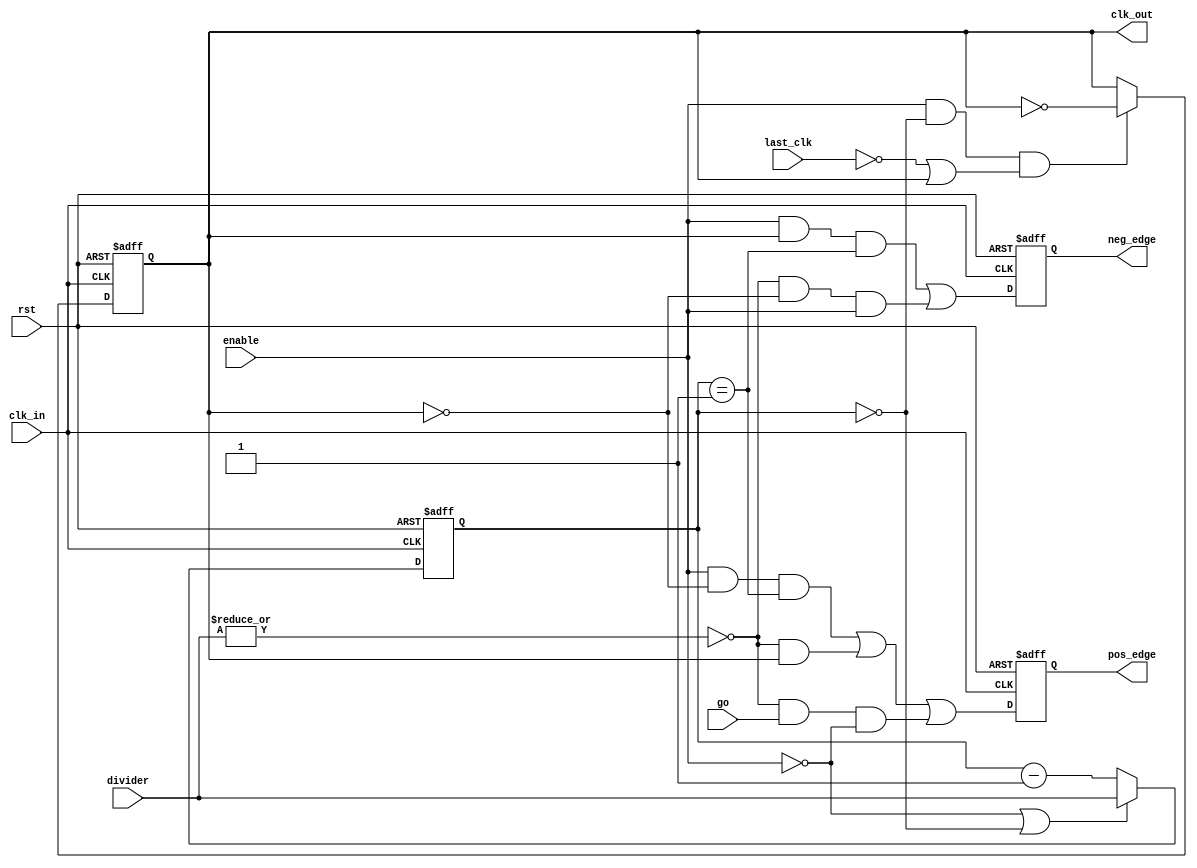
//////////////////////////////////////////////////////////////////////
////                                                              ////
////  spi_clgen.v                                                 ////
////                                                              ////
////  This file is part of the SPI IP core project                ////
////  http://www.opencores.org/projects/spi/                      ////
////                                                              ////
////  Author(s):                                                  ////
////      - Simon Srot (simons@opencores.org)                     ////
////                                                              ////
////  All additional information is avaliable in the Readme.txt   ////
////  file.                                                       ////
////                                                              ////
//////////////////////////////////////////////////////////////////////
////                                                              ////
//// Copyright (C) 2002 Authors                                   ////
////                                                              ////
//// This source file may be used and distributed without         ////
//// restriction provided that this copyright statement is not    ////
//// removed from the file and that any derivative work contains  ////
//// the original copyright notice and the associated disclaimer. ////
////                                                              ////
//// This source file is free software; you can redistribute it   ////
//// and/or modify it under the terms of the GNU Lesser General   ////
//// Public License as published by the Free Software Foundation; ////
//// either version 2.1 of the License, or (at your option) any   ////
//// later version.                                               ////
////                                                              ////
//// This source is distributed in the hope that it will be       ////
//// useful, but WITHOUT ANY WARRANTY; without even the implied   ////
//// warranty of MERCHANTABILITY or FITNESS FOR A PARTICULAR      ////
//// PURPOSE.  See the GNU Lesser General Public License for more ////
//// details.                                                     ////
////                                                              ////
//// You should have received a copy of the GNU Lesser General    ////
//// Public License along with this source; if not, download it   ////
//// from http://www.opencores.org/lgpl.shtml                     ////
////                                                              ////
//////////////////////////////////////////////////////////////////////
`timescale 1ns / 10ps

//
// Number of bits used for devider register. If used in system with
// low frequency of system clock this can be reduced.
// Use SPI_DIVIDER_LEN for fine tuning theexact number.
//
//`define SPI_DIVIDER_LEN_8
`define SPI_DIVIDER_LEN_16
//`define SPI_DIVIDER_LEN_24
//`define SPI_DIVIDER_LEN_32

`ifdef SPI_DIVIDER_LEN_8
  `define SPI_DIVIDER_LEN       8    // Can be set from 1 to 8
`endif                                                          
`ifdef SPI_DIVIDER_LEN_16                                       
  `define SPI_DIVIDER_LEN       16   // Can be set from 9 to 16
`endif                                                          
`ifdef SPI_DIVIDER_LEN_24                                       
  `define SPI_DIVIDER_LEN       24   // Can be set from 17 to 24
`endif                                                          
`ifdef SPI_DIVIDER_LEN_32                                       
  `define SPI_DIVIDER_LEN       32   // Can be set from 25 to 32 
`endif

//
// Maximum nuber of bits that can be send/received at once. 
// Use SPI_MAX_CHAR for fine tuning the exact number, when using
// SPI_MAX_CHAR_32, SPI_MAX_CHAR_24, SPI_MAX_CHAR_16, SPI_MAX_CHAR_8.
//
//`define SPI_MAX_CHAR_128
//`define SPI_MAX_CHAR_64
//`define SPI_MAX_CHAR_32
//`define SPI_MAX_CHAR_24
`define SPI_MAX_CHAR_16
//`define SPI_MAX_CHAR_8

`ifdef SPI_MAX_CHAR_128
  `define SPI_MAX_CHAR          128  // Can only be set to 128 
  `define SPI_CHAR_LEN_BITS     7
`endif
`ifdef SPI_MAX_CHAR_64
  `define SPI_MAX_CHAR          64   // Can only be set to 64 
  `define SPI_CHAR_LEN_BITS     6
`endif
`ifdef SPI_MAX_CHAR_32
  `define SPI_MAX_CHAR          32   // Can be set from 25 to 32 
  `define SPI_CHAR_LEN_BITS     5
`endif
`ifdef SPI_MAX_CHAR_24
  `define SPI_MAX_CHAR          24   // Can be set from 17 to 24 
  `define SPI_CHAR_LEN_BITS     5
`endif
`ifdef SPI_MAX_CHAR_16
  `define SPI_MAX_CHAR          16   // Can be set from 9 to 16 -----MODIFICADO------- 
  `define SPI_CHAR_LEN_BITS     4   //  --------MODIFICADO--------
`endif
`ifdef SPI_MAX_CHAR_8
  `define SPI_MAX_CHAR          8    // Can be set from 1 to 8 
  `define SPI_CHAR_LEN_BITS     3

`endif

//
// Number of device select signals. Use SPI_SS_NB for fine tuning the 
// exact number.
//
`define SPI_SS_NB_8
//`define SPI_SS_NB_16
//`define SPI_SS_NB_24
//`define SPI_SS_NB_32

`ifdef SPI_SS_NB_8
  `define SPI_SS_NB             4    // Can be set from 1 to 8 ----------MODIFICADO---------
`endif
`ifdef SPI_SS_NB_16
  `define SPI_SS_NB             16   // Can be set from 9 to 16
`endif
`ifdef SPI_SS_NB_24
  `define SPI_SS_NB             24   // Can be set from 17 to 24
`endif
`ifdef SPI_SS_NB_32
  `define SPI_SS_NB             32   // Can be set from 25 to 32
`endif

//
// Bits of WISHBONE address used for partial decoding of SPI registers.
//
`define SPI_OFS_BITS	          4:2

//
// Register offset
//
`define SPI_RX_0                0
`define SPI_RX_1                1
`define SPI_RX_2                2
`define SPI_RX_3                3
`define SPI_TX_0                0
`define SPI_TX_1                1
`define SPI_TX_2                2
`define SPI_TX_3                3
`define SPI_CTRL                4
`define SPI_DEVIDE              5
`define SPI_SS                  6

//
// Number of bits in ctrl register
//
`define SPI_CTRL_BIT_NB         14

//
// Control register bit position
//
`define SPI_CTRL_ASS            13
`define SPI_CTRL_IE             12
`define SPI_CTRL_LSB            11
`define SPI_CTRL_TX_NEGEDGE     10
`define SPI_CTRL_RX_NEGEDGE     9
`define SPI_CTRL_GO             8
`define SPI_CTRL_RES_1          7
`define SPI_CTRL_CHAR_LEN       6:0

module spi_clgen (clk_in, rst, go, enable, last_clk, divider, clk_out, pos_edge, neg_edge); 

  parameter Tp = 1;
  
  input                            clk_in;   // input clock (system clock)
  input                            rst;      // reset
  input                            enable;   // clock enable
  input                            go;       // start transfer
  input                            last_clk; // last clock
  input     [`SPI_DIVIDER_LEN-1:0] divider;  // clock divider (output clock is divided by this value)
  output                           clk_out;  // output clock
  output                           pos_edge; // pulse marking positive edge of clk_out
  output                           neg_edge; // pulse marking negative edge of clk_out
                            
  reg                              clk_out;
  reg                              pos_edge;
  reg                              neg_edge;
                            
  reg       [`SPI_DIVIDER_LEN-1:0] cnt;      // clock counter 
  wire                             cnt_zero; // conter is equal to zero
  wire                             cnt_one;  // conter is equal to one
  
  
  assign cnt_zero = cnt == {`SPI_DIVIDER_LEN{1'b0}};
  assign cnt_one  = cnt == {{`SPI_DIVIDER_LEN-1{1'b0}}, 1'b1};
  
  // Counter counts half period
  always @(posedge clk_in or posedge rst)
  begin
    if(rst)
      cnt <= #Tp {`SPI_DIVIDER_LEN{1'b1}};
    else
      begin
        if(!enable || cnt_zero)
          cnt <= #Tp divider;
        else
          cnt <= #Tp cnt - {{`SPI_DIVIDER_LEN-1{1'b0}}, 1'b1};
      end
  end
  
  // clk_out is asserted every other half period
  always @(posedge clk_in or posedge rst)
  begin
    if(rst)
      clk_out <= #Tp 1'b0;
    else
      clk_out <= #Tp (enable && cnt_zero && (!last_clk || clk_out)) ? ~clk_out : clk_out;
  end
   
  // Pos and neg edge signals
  always @(posedge clk_in or posedge rst)
  begin
    if(rst)
      begin
        pos_edge  <= #Tp 1'b0;
        neg_edge  <= #Tp 1'b0;
      end
    else
      begin
        pos_edge  <= #Tp (enable && !clk_out && cnt_one) || (!(|divider) && clk_out) || (!(|divider) && go && !enable);
        neg_edge  <= #Tp (enable && clk_out && cnt_one) || (!(|divider) && !clk_out && enable);
      end
  end
endmodule